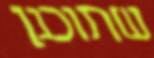
שתוכנן